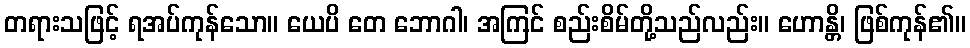
တရားသဖြင့် ရအပ်ကုန်သော။ ယေပိ တေ ဘောဂါ၊ အကြင် စည်းစိမ်တို့သည်လည်း။ ဟောန္တိ၊ ဖြစ်ကုန်၏။